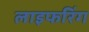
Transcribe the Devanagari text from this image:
लाइफरिंग